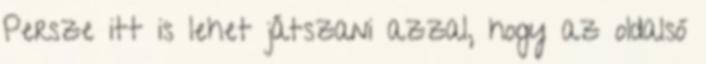
Persze itt is lehet játszani azzal, hogy az oldalsó